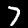
Digit: 7